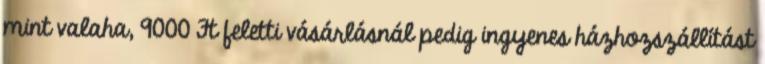
mint valaha, 9000 Ft feletti vásárlásnál pedig ingyenes házhozszállítást